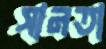
সানতা